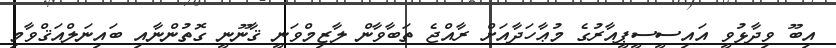
އިބޫ ވިދާޅުވީ އައިސީސީޕީއާރުގެ މުޢާހަދާއަށް ރާއްޖެ ތަބާވާން ލާޒިމްވަނީ ޤާނޫނީ ގޮތުންނާއި ބައިނަލްއަޤްވާމި